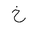
Letter: _kha